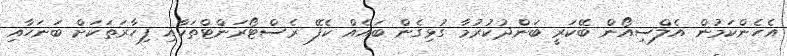
އެހެންކަމުން އެލްސިއޯން ބޭކަރީ ބަންދުކުރުމާ ގުޅިގެން ބައެއް ކެފޭ ރެސްޓޯރަންޓްތަކާއި ފިހާރަތަކަށް ބަނަހާއި